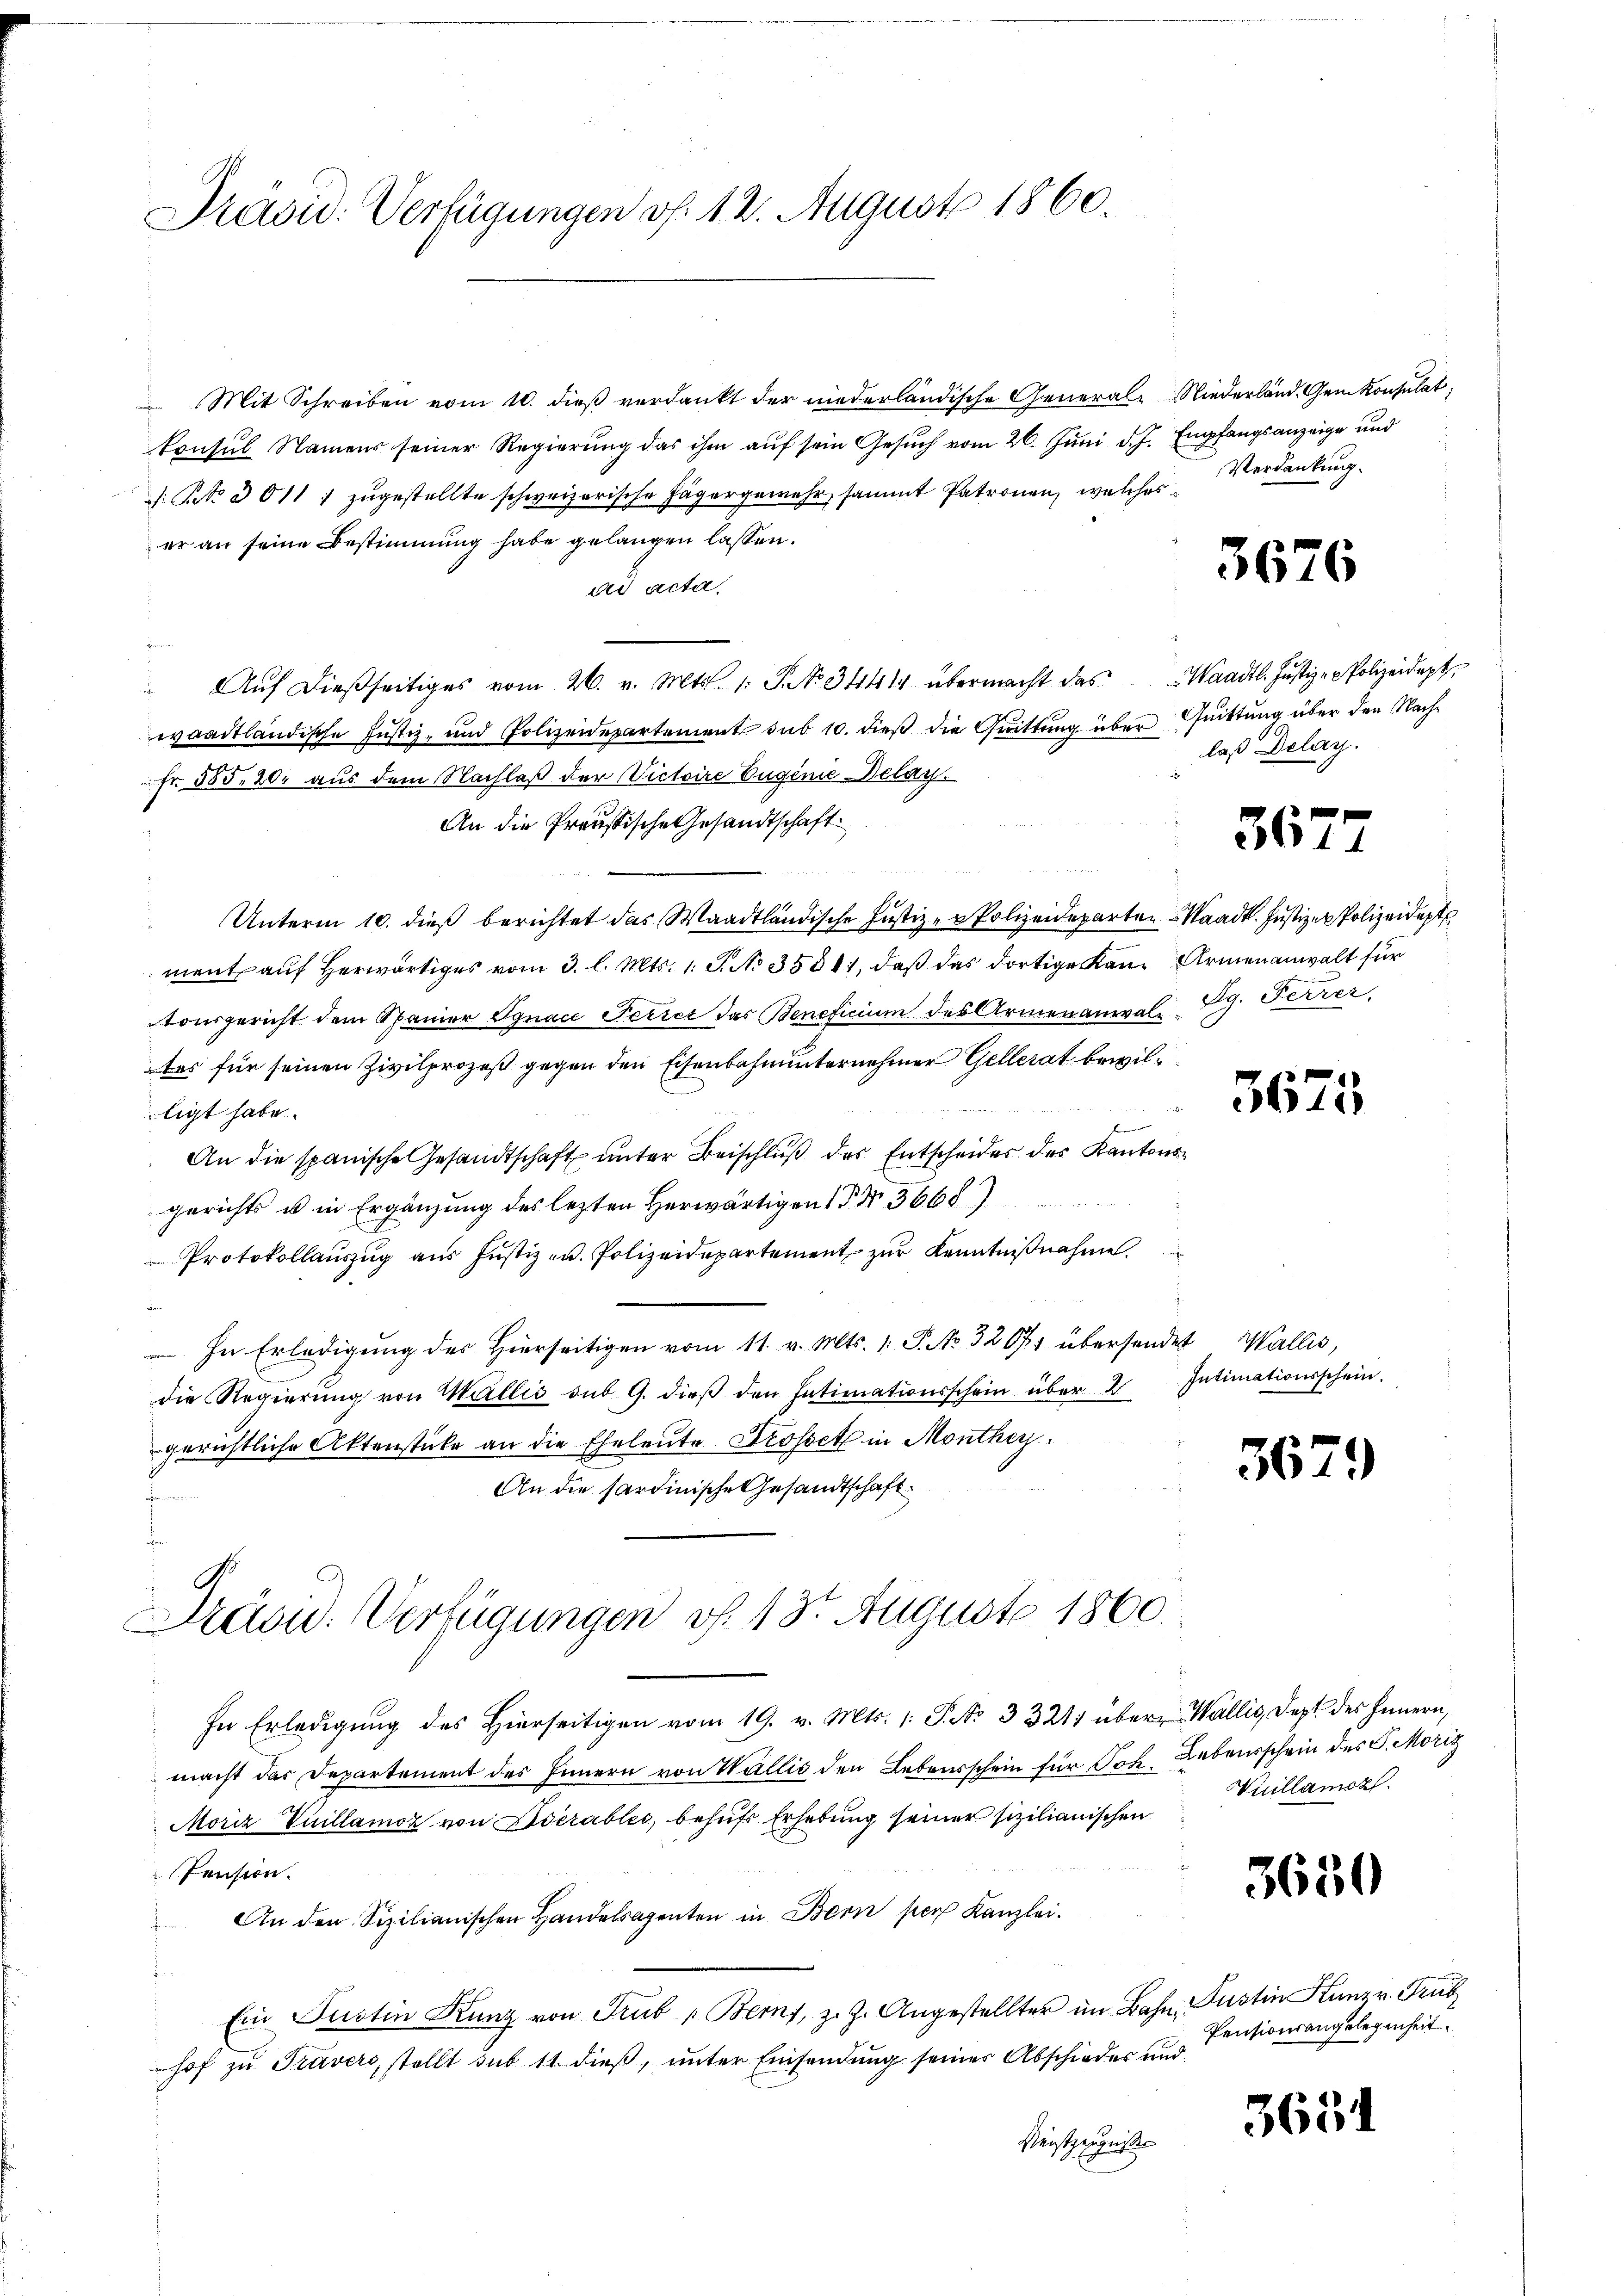
Präsid. Verfügungen v. 12. August 1860.

Mit Schreiben vom 10. dieß verdankt der niederländische General- Niederländ. Gem Konsulat,
konsul Namens seiner Regierung das ihm auf sein Gesuch vom 26. Juni d. J. Empfangsanzeige und
: No 3011 1 zŭgestellte schweizerische Jägergemehr sammt Patronen, welches Verdankung.
er an seine Bestimmung habe gelangen lassen.
ad acta.
" Aŭf dießseitiges vom 26. v. Mts. 1. S. No 34414 übermacht das Waadt. Justiz- & Polizeidept
waadtländische Justiz- und Polizeidepartement sub 10. dieß die Quittung über Quittung über den Nach¬
Fr. 585. 20. aus dem Nachlaß der Victoire Eugenie Belay.
An die Preussische Gesandtschaft
wegen
Unterm 10. dieß berichtet das Waadtländische Justiz- u Polizeideparten Waadt. Justizer Polizeidept
ment auf herwärtiges vom 3. l. Mts. 1. J. No 35811, daß das dortige Kann Armenanwalt für
tonsgericht dem Spanier Ignace Ferier das Beneficium des Armenanval Pg. Ferrer
tes für seinen Zivilprozeß gegen den Eisenbahnunternehmer Gellerat bewilligt habe.
f
An die spanische Gesandtschaft unter Beischluß der Entscheides des Kantonsgerichts u in Ergänzung des lezten Herwärtigen 1 § 5668)
Protokollauszug aus Justiz- u. Polizeidepartement zur Kenntnißnahme.
In Erledigung des Hierseitigen vom 11. v. Mts. 1. P. No. 32671 übersendet Wallis,
die Regierŭng von Wallis sub. 9. dieβ den Intimationsschein über 2. Intimationsschein.
gerichtliche Aktenstücke an die Eheleute Drossetz in Monthey¬
An die Sardinische Gesandtschaft.
e

Dräsid. Verfügungen v. 13t August 1860.

In Erledigung des Hierseitigen vom 19. v. Mts. 1: P. No 3321 über Wallis, Dept des Innern,
f
macht das Departement des Innern von Wallis den Lebensschein für Joh. Lebensschein des J. Moriz
Moriz Vuillamoz von Verables, behufs Erhebung seiner sizilianischen
Pension.
An den Sizilianischen Handelsagenten in Bern per Kanzlei.
Ein Justin Kunz von Trub Berns, z. Z. Angestellter im Bahn, Justin Kunzr. Trub
hof zu Travers, stellt sub 11 dieß, unter Einsendung seiner Abschiedes und
Dunstzeugnisses

3676

laß Delay.

367

3675

362

Wiuillamok.

3650

Pensionsangelegenheit.

3651